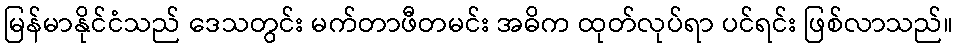
မြန်မာနိုင်ငံသည် ဒေသတွင်း မက်တာဖီတမင်း အဓိက ထုတ်လုပ်ရာ ပင်ရင်း ဖြစ်လာသည်။